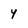
Character: Y